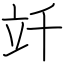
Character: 竏